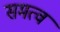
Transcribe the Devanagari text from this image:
समत्वं